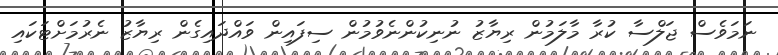
ނަމަވެސް ޖަލްސާ ކުރާ މާލަމުން ރިޔާޒު ނުނިކުންނެވުމުން ސިފައިން ވައްދައިގެން ރިޔާޒު ނެރުމަށްޓަކައި